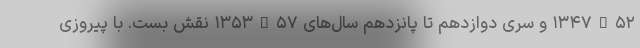
۵۲–۱۳۴۷ و سری دوازدهم تا پانزدهم سال‌های ۵۷–۱۳۵۳ نقش بست. با پیروزی